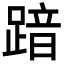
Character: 𮛾